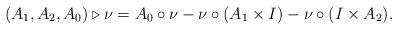
LaTeX: \begin{align*}(A_1,A_2,A_0)\triangleright \nu=A_0\circ \nu-\nu\circ(A_1\times I)-\nu\circ (I\times A_2).\end{align*}